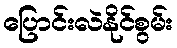
ပြောင်းလဲနိုင်စွမ်း